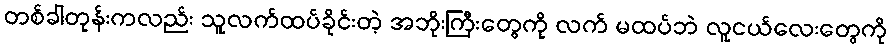
တစ်ခါတုန်းကလည်း သူလက်ထပ်ခိုင်းတဲ့ အဘိုးကြီးတွေကို လက် မထပ်ဘဲ လူငယ်လေးတွေကို